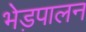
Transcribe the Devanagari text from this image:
भेड़पालन